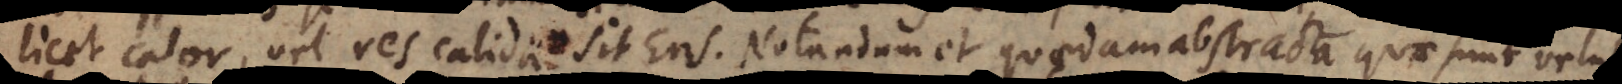
licet calor, vel res calida sit Ens. Notandum et quaedam abstracta quae sunt velut